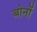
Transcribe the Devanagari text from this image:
बोनों